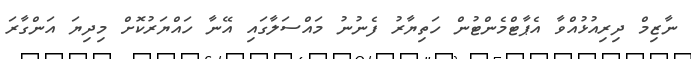
ނާޒިމް ދިރިއުޅުއްވާ އެޕާޓްމެންޓުން ހަތިޔާރު ފެނުނު މައްސަލާގައި އޭނާ ހައްޔަރުކޮށް މިދިޔަ އަންގާރަ